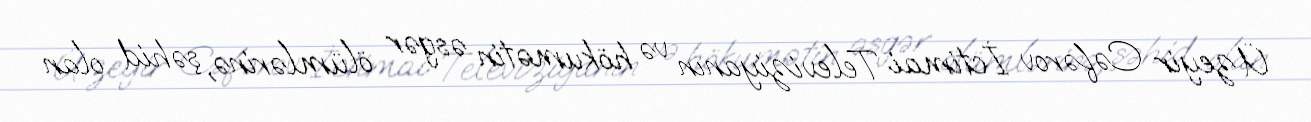
Üzeyir Cəfərov İctimai Televiziyanın və hökumətin əsgər ölümlərinə, şəhid olan